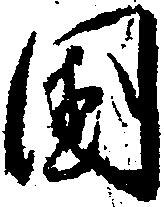
国